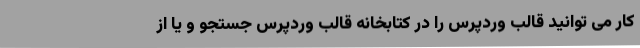
کار می توانید قالب وردپرس را در کتابخانه قالب وردپرس جستجو و یا از